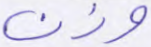
وزن